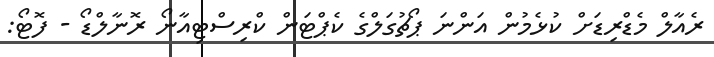
ރެއާލް މެޑްރިޑަށް ކުޅެމުން އަންނަ ޕޯޗުގަލްގެ ކެޕްޓަން ކްރިސްޓިއާނޯ ރޮނާލްޑޯ - ފޮޓޯ: